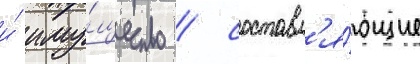
и́ иму́щество / составл'я́ющие